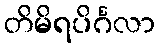
တိမိရပိင်္ဂလာ